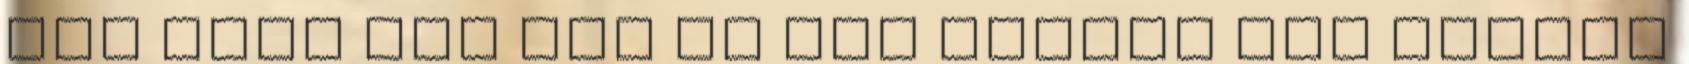
meg csak van FHD és QHD között még ekkora